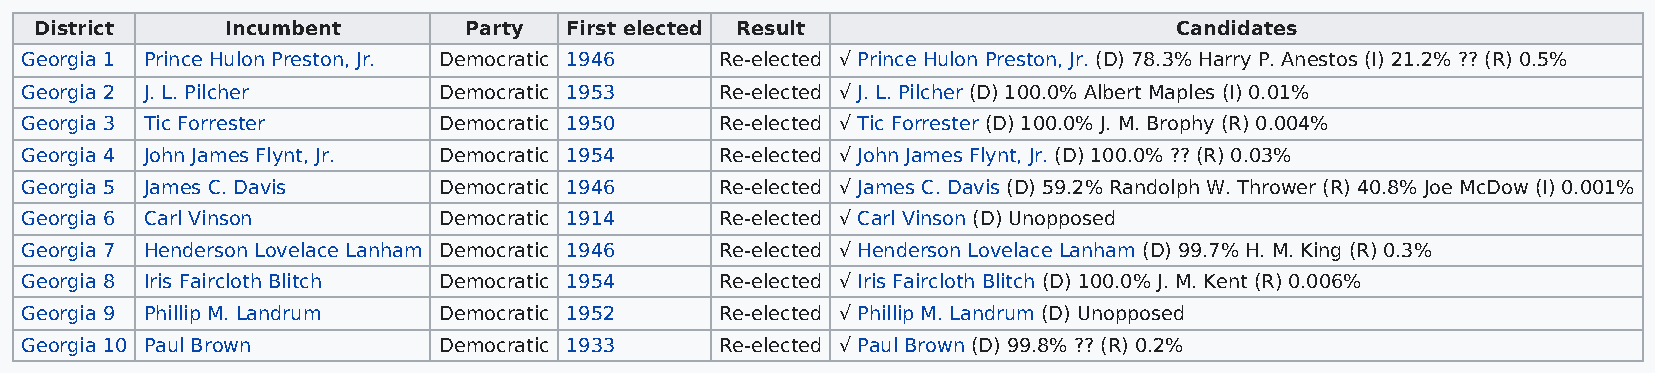
District     Incumbent       Party First elected Result                     Candidates
 Georgia 1 Prince Hulon Preston, Jr. Democratic 1946 Re-elected √ Prince Hulon Preston, Jr. (D) 78.3% Harry P. Anestos (I) 21.2% ?? (R) 0.5%
 Georgia 2 J. L. Pilcher     Democratic 1953    Re-elected √ J. L. Pilcher (D) 100.0% Albert Maples (I) 0.01%
 Georgia 3 Tic Forrester     Democratic 1950    Re-elected √ Tic Forrester (D) 100.0% J. M. Brophy (R) 0.004%
 Georgia 4 John James Flynt, Jr. Democratic 1954 Re-elected √ John James Flynt, Jr. (D) 100.0% ?? (R) 0.03%
 Georgia 5 James C. Davis    Democratic 1946    Re-elected √ James C. Davis (D) 59.2% Randolph W. Thrower (R) 40.8% Joe McDow (I) 0.001%
 Georgia 6 Carl Vinson       Democratic 1914    Re-elected √ Carl Vinson (D) Unopposed
 Georgia 7 Henderson Lovelace Lanham Democratic 1946 Re-elected √ Henderson Lovelace Lanham (D) 99.7% H. M. King (R) 0.3%
 Georgia 8 Iris Faircloth Blitch Democratic 1954 Re-elected √ Iris Faircloth Blitch (D) 100.0% J. M. Kent (R) 0.006%
 Georgia 9 Phillip M. Landrum Democratic 1952   Re-elected √ Phillip M. Landrum (D) Unopposed
 Georgia 10 Paul Brown       Democratic 1933    Re-elected √ Paul Brown (D) 99.8% ?? (R) 0.2%